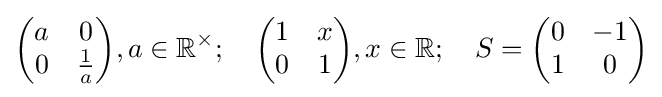
{\begin{pmatrix}a&0\\0&{\frac {1}{a}}\\\end{pmatrix}},a\in \mathbb {R} ^{\times };\quad {\begin{pmatrix}1&x\\0&1\\\end{pmatrix}},x\in \mathbb {R} ;\quad S={\begin{pmatrix}0&-1\\1&0\\\end{pmatrix}}